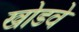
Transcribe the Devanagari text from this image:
खोडवे